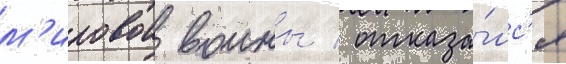
м'ировои воины / отказа́лс'я